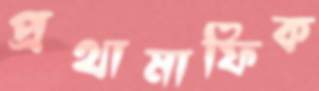
প্রথামাফিক